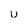
Character: u